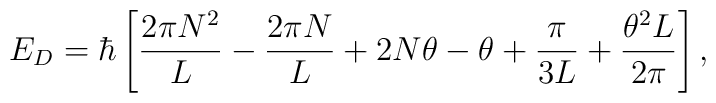
E_D=\hbar \left[ {2 \pi N^2 \over L }-{2 \pi N \over L }+ 2N \theta -\theta + {\pi  \over 3L } + {\theta^2 L \over 2 \pi}\right],